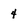
Character: 4